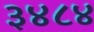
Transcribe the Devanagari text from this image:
३४८४